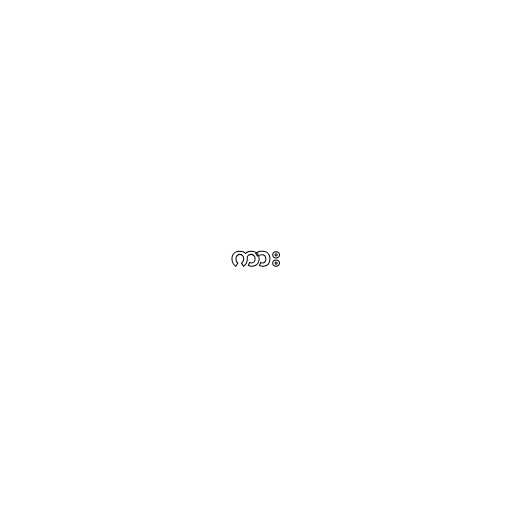
ကား